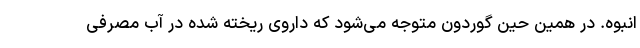
انبوه. در همین حین گوردون متوجه می‌شود که داروی ریخته شده در آب مصرفی